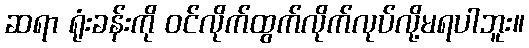
ဆရာ ရုံးခန်းကို ဝင်လိုက်ထွက်လိုက်လုပ်လို့မရပါဘူး။